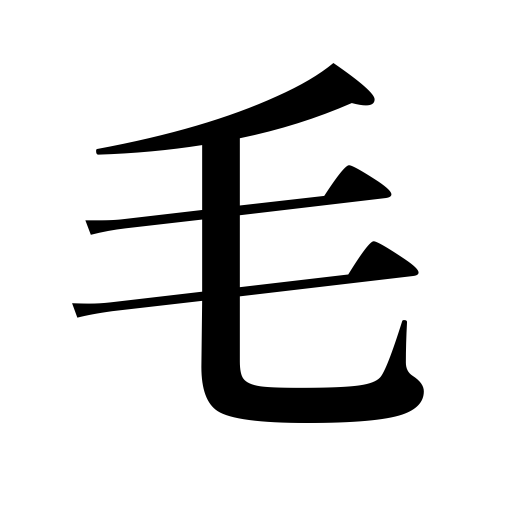
Meanings: hair,down,fur,feather,tenth of a rin